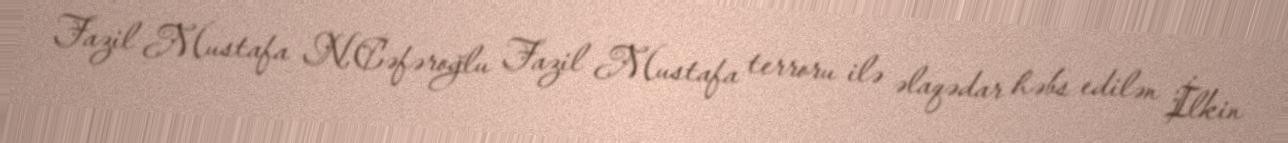
Fazil Mustafa N.Cəfəroğlu Fazil Mustafa terroru ilə əlaqədar həbs edilən İlkin